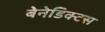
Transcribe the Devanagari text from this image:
बेनेडिक्टस